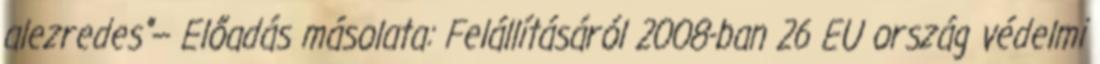
alezredes"— Előadás másolata: Felállításáról 2008-ban 26 EU ország védelmi